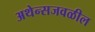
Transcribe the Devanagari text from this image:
अथेन्सजवळील